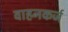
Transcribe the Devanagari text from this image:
वाहनकर्ज